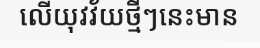
លើយុវវ័យថ្មីៗនេះមាន